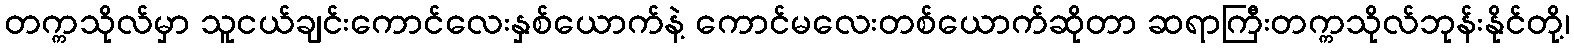
တက္ကသိုလ်မှာ သူငယ်ချင်းကောင်လေးနှစ်ယောက်နဲ့ ကောင်မလေးတစ်ယောက်ဆိုတာ ဆရာကြီးတက္ကသိုလ်ဘုန်းနိုင်တို့၊